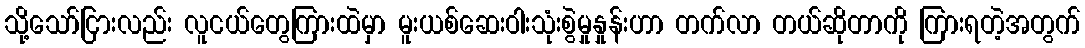
သို့သော်ငြားလည်း လူငယ်တွေကြားထဲမှာ မူးယစ်ဆေးဝါးသုံးစွဲမှုနှုန်းဟာ တက်လာ တယ်ဆိုတာကို ကြားရတဲ့အတွက်